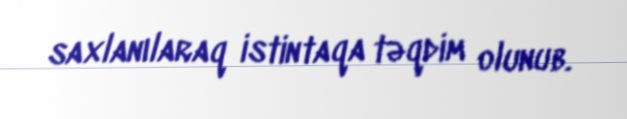
saxlanılaraq istintaqa təqdim olunub.